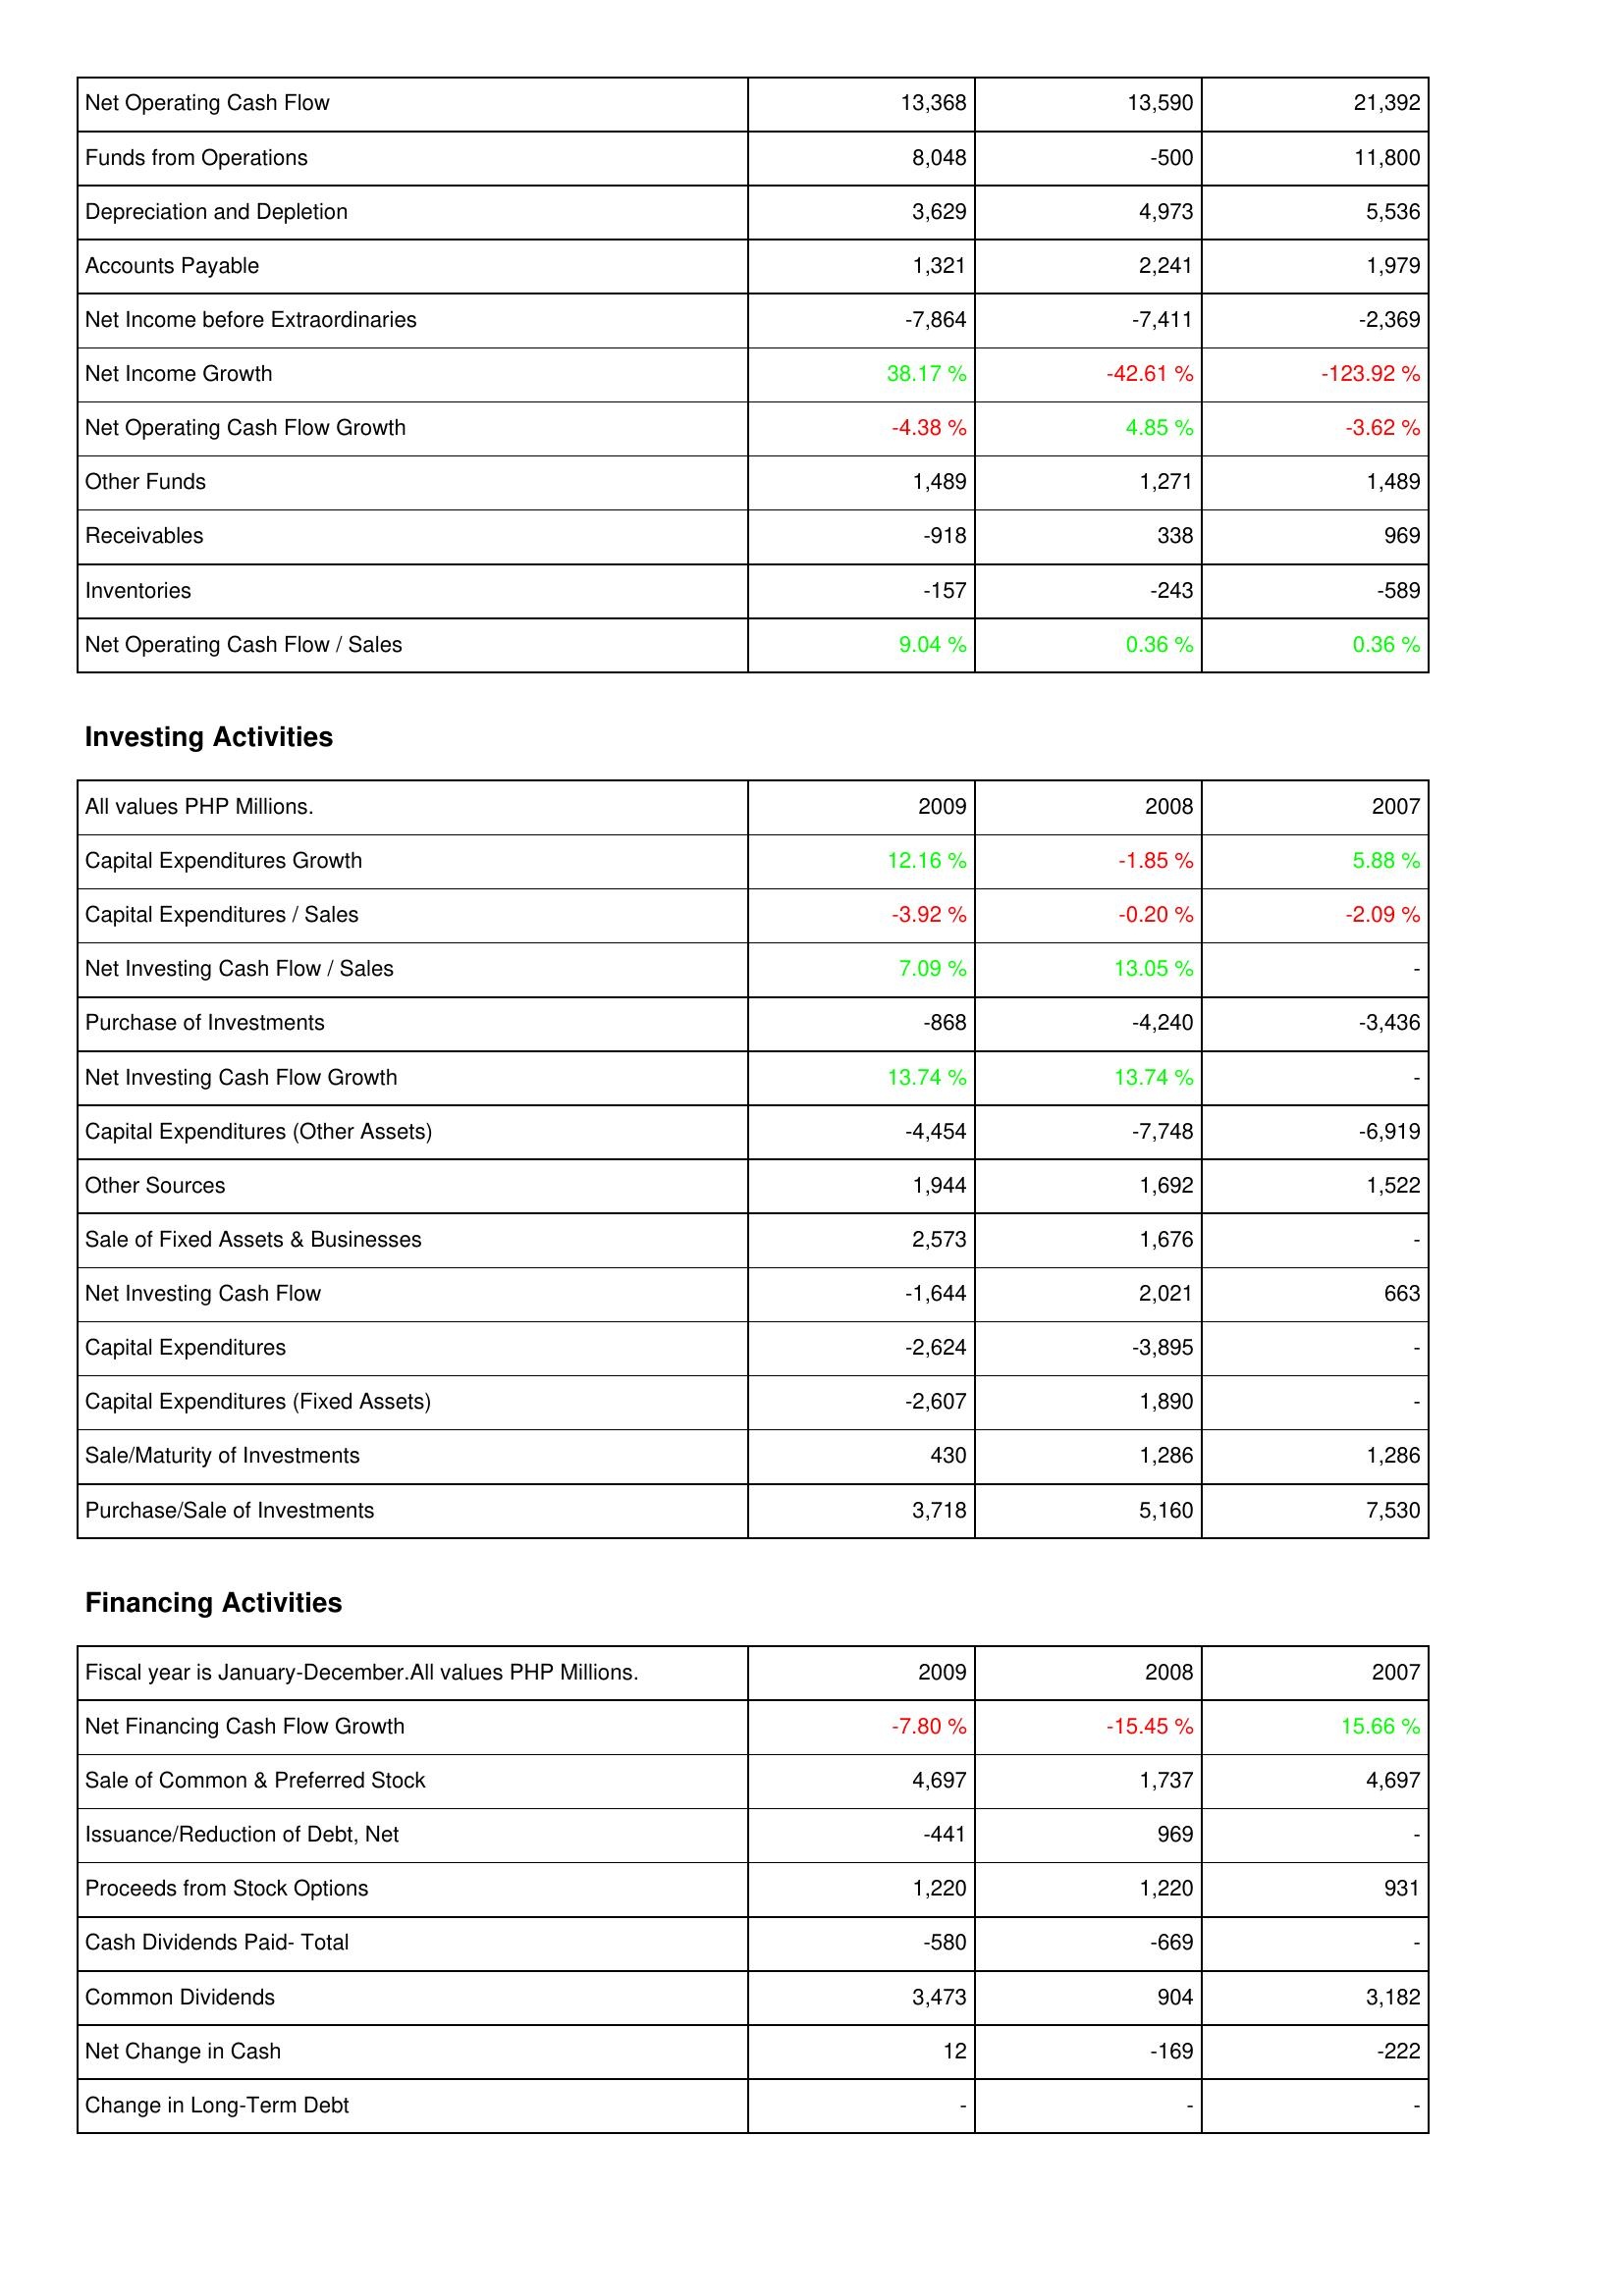
2009: Operating Activities: Net Operating Cash Flow: 13,368
Funds from Operations: 8,048
Depreciation and Depletion: 3,629
Accounts Payable: 1,321
Net Income before Extraordinaries: -7,864
Net Income Growth: 38.17 %
Net Operating Cash Flow Growth: -4.38 %
Other Funds: 1,489
Receivables: -918
Inventories: -157
Net Operating Cash Flow / Sales: 9.04 %
Investing Activities: Capital Expenditures Growth: 12.16 %
Capital Expenditures / Sales: -3.92 %
Net Investing Cash Flow / Sales: 7.09 %
Purchase of Investments: -868
Net Investing Cash Flow Growth: 13.74 %
Capital Expenditures (Other Assets): -4,454
Other Sources: 1,944
Sale of Fixed Assets & Businesses: 2,573
Net Investing Cash Flow: -1,644
Capital Expenditures: -2,624
Capital Expenditures (Fixed Assets): -2,607
Sale/Maturity of Investments: 430
Purchase/Sale of Investments: 3,718
Financing Activities: Net Financing Cash Flow Growth: -7.80 %
Sale of Common & Preferred Stock: 4,697
Issuance/Reduction of Debt, Net: -441
Proceeds from Stock Options: 1,220
Cash Dividends Paid- Total: -580
Common Dividends: 3,473
Net Change in Cash: 12
Change in Long-Term Debt: -
2008: Operating Activities: Net Operating Cash Flow: 13,590
Funds from Operations: -500
Depreciation and Depletion: 4,973
Accounts Payable: 2,241
Net Income before Extraordinaries: -7,411
Net Income Growth: -42.61 %
Net Operating Cash Flow Growth: 4.85 %
Other Funds: 1,271
Receivables: 338
Inventories: -243
Net Operating Cash Flow / Sales: 0.36 %
Investing Activities: Capital Expenditures Growth: -1.85 %
Capital Expenditures / Sales: -0.20 %
Net Investing Cash Flow / Sales: 13.05 %
Purchase of Investments: -4,240
Net Investing Cash Flow Growth: 13.74 %
Capital Expenditures (Other Assets): -7,748
Other Sources: 1,692
Sale of Fixed Assets & Businesses: 1,676
Net Investing Cash Flow: 2,021
Capital Expenditures: -3,895
Capital Expenditures (Fixed Assets): 1,890
Sale/Maturity of Investments: 1,286
Purchase/Sale of Investments: 5,160
Financing Activities: Net Financing Cash Flow Growth: -15.45 %
Sale of Common & Preferred Stock: 1,737
Issuance/Reduction of Debt, Net: 969
Proceeds from Stock Options: 1,220
Cash Dividends Paid- Total: -669
Common Dividends: 904
Net Change in Cash: -169
Change in Long-Term Debt: -
2007: Operating Activities: Net Operating Cash Flow: 21,392
Funds from Operations: 11,800
Depreciation and Depletion: 5,536
Accounts Payable: 1,979
Net Income before Extraordinaries: -2,369
Net Income Growth: -123.92 %
Net Operating Cash Flow Growth: -3.62 %
Other Funds: 1,489
Receivables: 969
Inventories: -589
Net Operating Cash Flow / Sales: 0.36 %
Investing Activities: Capital Expenditures Growth: 5.88 %
Capital Expenditures / Sales: -2.09 %
Net Investing Cash Flow / Sales: -
Purchase of Investments: -3,436
Net Investing Cash Flow Growth: -
Capital Expenditures (Other Assets): -6,919
Other Sources: 1,522
Sale of Fixed Assets & Businesses: -
Net Investing Cash Flow: 663
Capital Expenditures: -
Capital Expenditures (Fixed Assets): -
Sale/Maturity of Investments: 1,286
Purchase/Sale of Investments: 7,530
Financing Activities: Net Financing Cash Flow Growth: 15.66 %
Sale of Common & Preferred Stock: 4,697
Issuance/Reduction of Debt, Net: -
Proceeds from Stock Options: 931
Cash Dividends Paid- Total: -
Common Dividends: 3,182
Net Change in Cash: -222
Change in Long-Term Debt: -